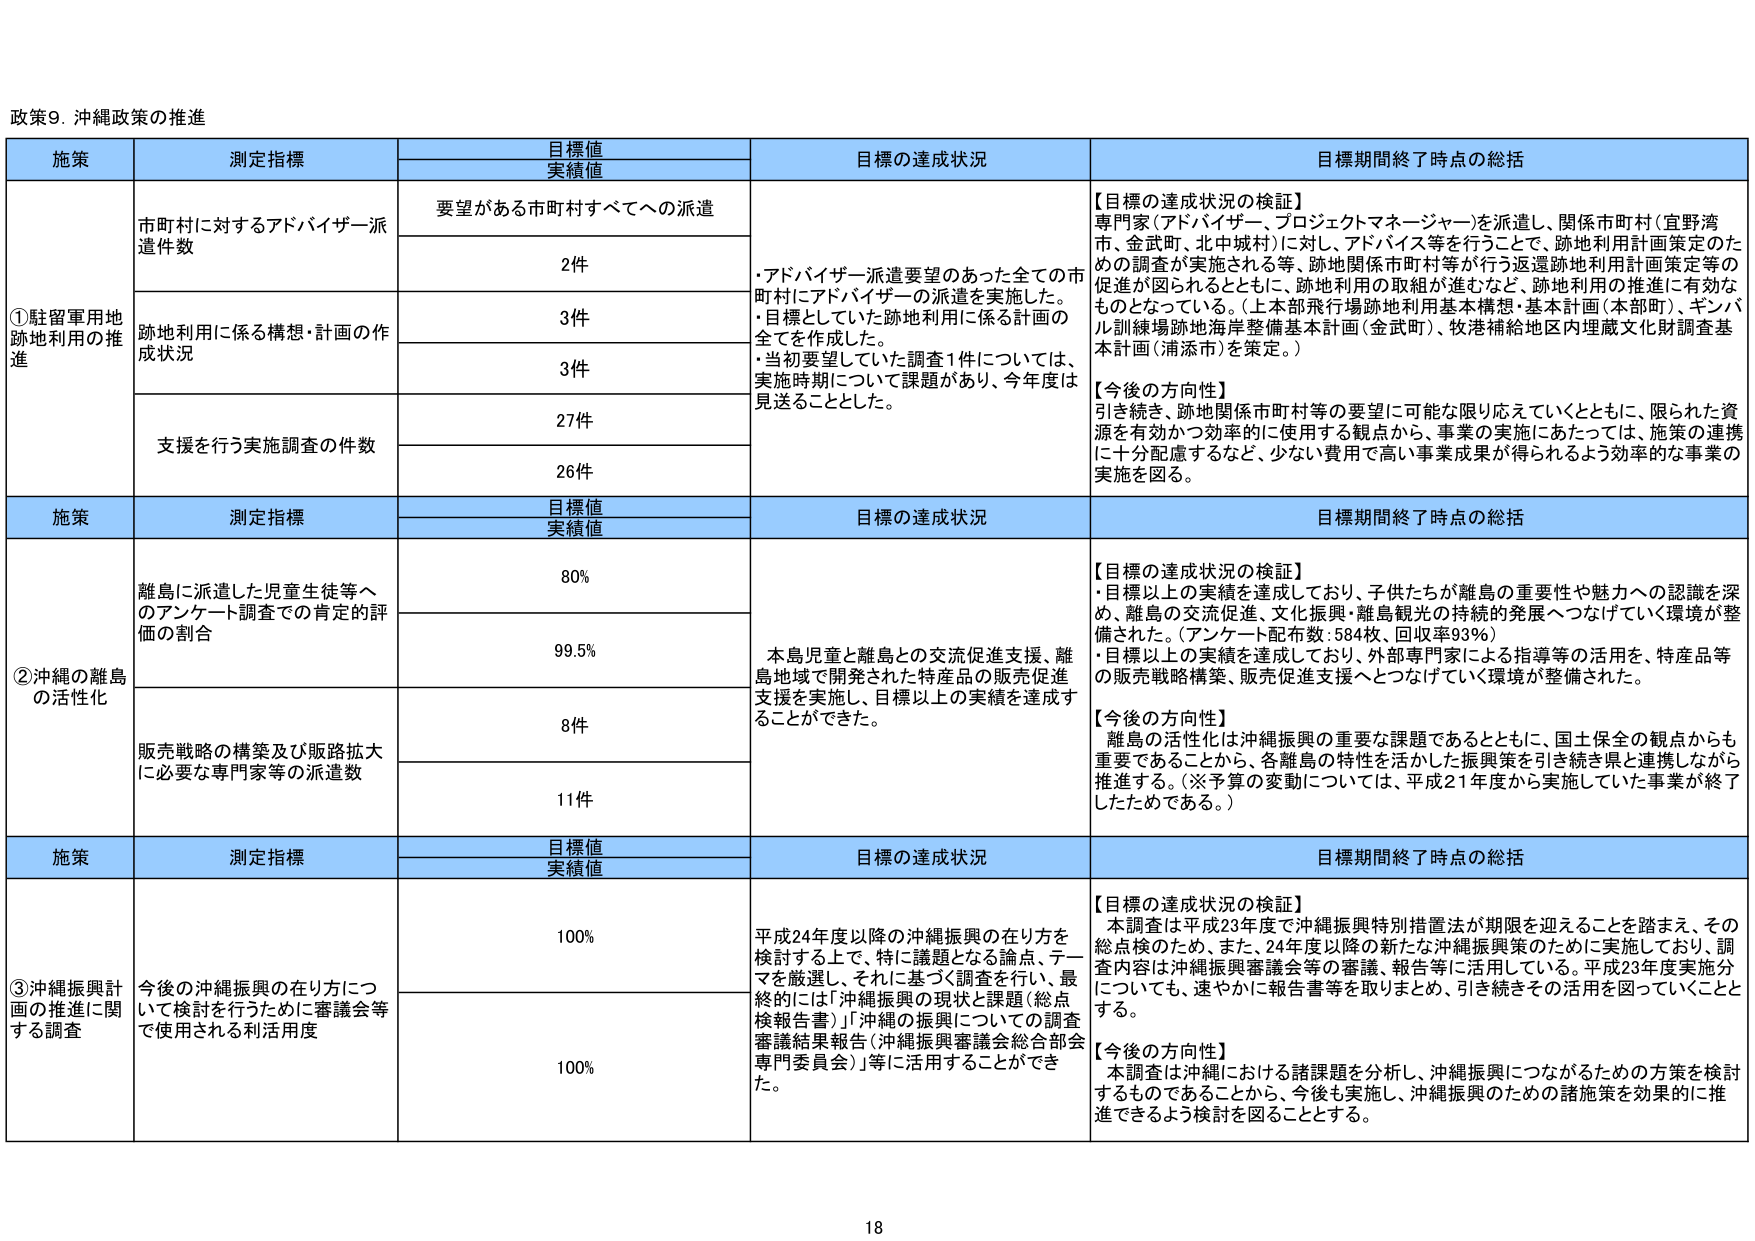
政策9. 沖縄政策の推進

施策 測定指標 目標値 実績値 目標の達成状況 目標期間終了時点の総括

①駐留軍用地 跡地利用の推進
市町村に対するアドバイザー派遣件数
要望がある市町村すべてへの派遣
2件
・アドバイザー派遣要望のあった全ての市町村にアドバイザーの派遣を実施した。
・目標としていた跡地利用に係る計画の全てを作成した。
・当初要望していた調査1件については、実施時期について課題があり、今年度は見送ることとした。
【目標の達成状況の検証】
専門家（アドバイザー、プロジェクトマネージャー）を派遣し、関係市町村（宜野湾市、金武町、北中城村）に対し、アドバイス等を行うことで、跡地利用計画策定のための調査が実施される等、跡地関係市町村等が行う返還跡地利用計画策定等の促進が図られるとともに、跡地利用の取組が進むなど、跡地利用の推進に有効なものとなっている。（上本部飛行場跡地利用基本構想・基本計画（本部町）、ギンバル訓練場跡地海岸整備基本計画（金武町）、牧港補給地区内埋蔵文化財調査基本計画（浦添市）を策定。）
【今後の方向性】
引き続き、跡地関係市町村等の要望に可能な限り応えていくとともに、限られた資源を有効かつ効率的に使用する観点から、事業の実施にあたっては、施策の連携に十分配慮するなど、少ない費用で高い事業成果が得られるよう効率的な事業の実施を図る。

跡地利用に係る構想・計画の作成状況
3件
3件

支援を行う実施調査の件数
27件
26件

施策 測定指標 目標値 実績値 目標の達成状況 目標期間終了時点の総括

②沖縄の離島の活性化
離島に派遣した児童生徒等へのアンケート調査での肯定的評価の割合
80%
99.5%
本島児童と離島との交流促進支援、離島地域で開発された特産品の販売促進支援を実施し、目標以上の実績を達成することができた。
【目標の達成状況の検証】
・目標以上の実績を達成しており、子供たちが離島の重要性や魅力への認識を深め、離島の交流促進・文化振興・離島観光の持続的発展へつなげていく環境が整備された。（アンケート配布数：584枚、回収率93％）
・目標以上の実績を達成しており、外部専門家による指導等の活用を、特産品等の販売戦略構築、販売促進支援へとつなげていく環境が整備された。
【今後の方向性】
離島の活性化は沖縄振興の重要な課題であるとともに、国土保全の観点からも重要であることから、各離島の特性を活かした振興策を引き続き県と連携しながら推進する。（※予算の変動については、平成21年度から実施していた事業が終了したためである。）

販売戦略の構築及び販路拡大に必要な専門家等の派遣数
8件
11件

施策 測定指標 目標値 実績値 目標の達成状況 目標期間終了時点の総括

③沖縄振興計画の推進に関する調査
今後の沖縄振興の在り方について検討を行うために審議会等で使用される利活用度
100%
100%
平成24年度以降の沖縄振興の在り方を検討する上で、特に課題となる論点、テーマを厳選し、それに基づく調査を行い、最終的には「沖縄振興の現状と課題（総点検報告書）」「沖縄の振興についての調査審議結果報告（沖縄振興審議会総合部会専門委員会）」等に活用することができた。
【目標の達成状況の検証】
本調査は平成23年度で沖縄振興特別措置法が期限を迎えることを踏まえ、その総点検のため、また、24年度以降の新たな沖縄振興策のために実施しており、調査内容は沖縄振興審議会等の審議、報告等に活用している。平成23年度実施分についても、速やかに報告書等を取りまとめ、引き続きその活用を図っていくこととする。
【今後の方向性】
本調査は沖縄における諸課題を分析し、沖縄振興につながるための方策を検討するものであることから、今後も実施し、沖縄振興のための諸施策を効果的に推進できるよう検討を図ることとする。

18